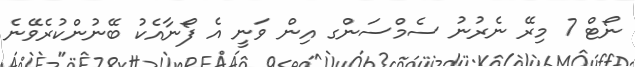
ނޯޓް 7 މިރޭ ނެރުނު ސެމްސަންގ އިން ވަނީ އެ ފޯނާއެކު ބޭނުންކުރެވޭނެ